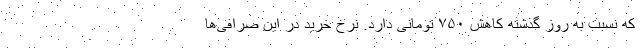
که نسبت به روز گذشته کاهش ۷۵۰ تومانی دارد. نرخ خرید در این صرافی‌ها